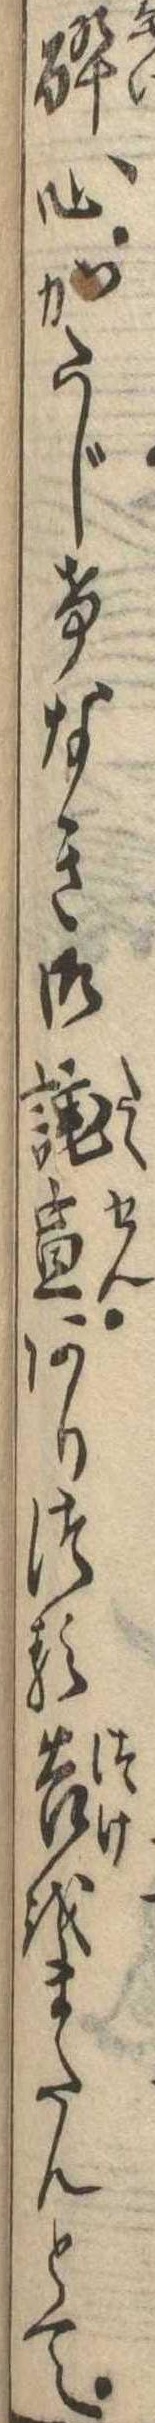
酔心かたじけなき御託宣ありつる告をまたんとて